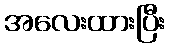
အလေးထားပြီး